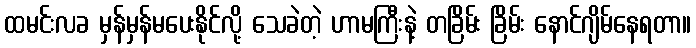
ထမင်းလခ မှန်မှန်မပေးနိုင်လို့ သေခဲတဲ့ ဟာမကြီးနဲ့ တခြိမ်း ခြိမ်း နောင်ဂျိမ်နေရတာ။